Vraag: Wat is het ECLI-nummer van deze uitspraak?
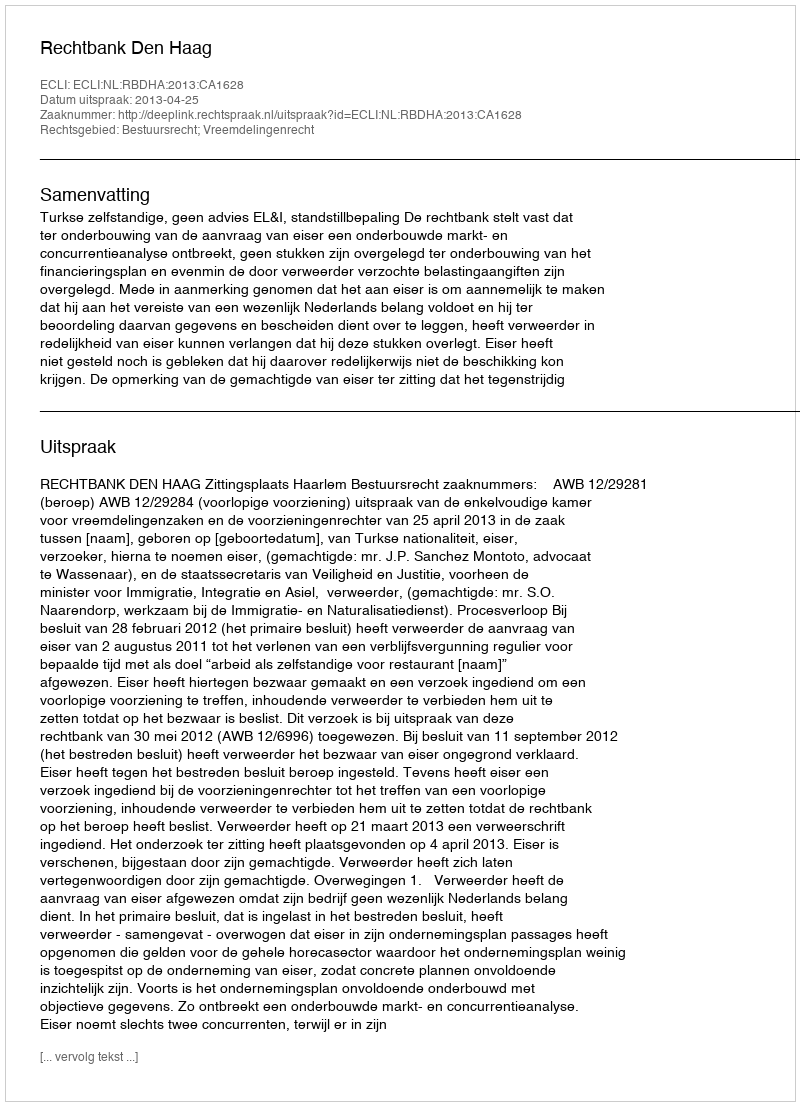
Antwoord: ECLI:NL:RBDHA:2013:CA1628